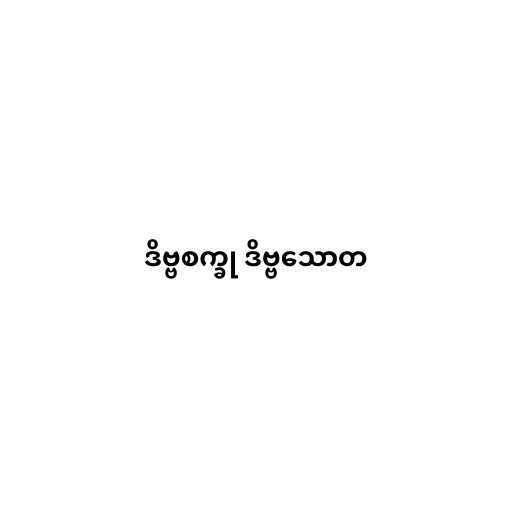
ဒိဗ္ဗစက္ခု ဒိဗ္ဗသောတ